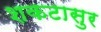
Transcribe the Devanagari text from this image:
शकटासुर